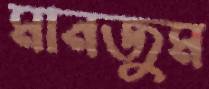
মানজুম